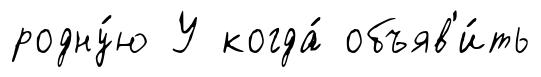
родну́ю У когда́ объяв'и́ть